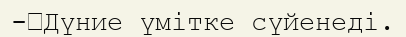
-	Дүние үмітке сүйенеді.